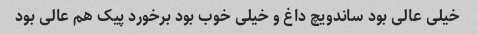
خیلی عالی بود ساندویچ داغ و خیلی خوب بود برخورد پیک هم عالی بود